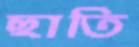
ছাতি